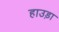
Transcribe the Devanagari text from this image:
हाउड़ा